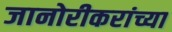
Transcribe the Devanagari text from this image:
जानोरीकरांच्या